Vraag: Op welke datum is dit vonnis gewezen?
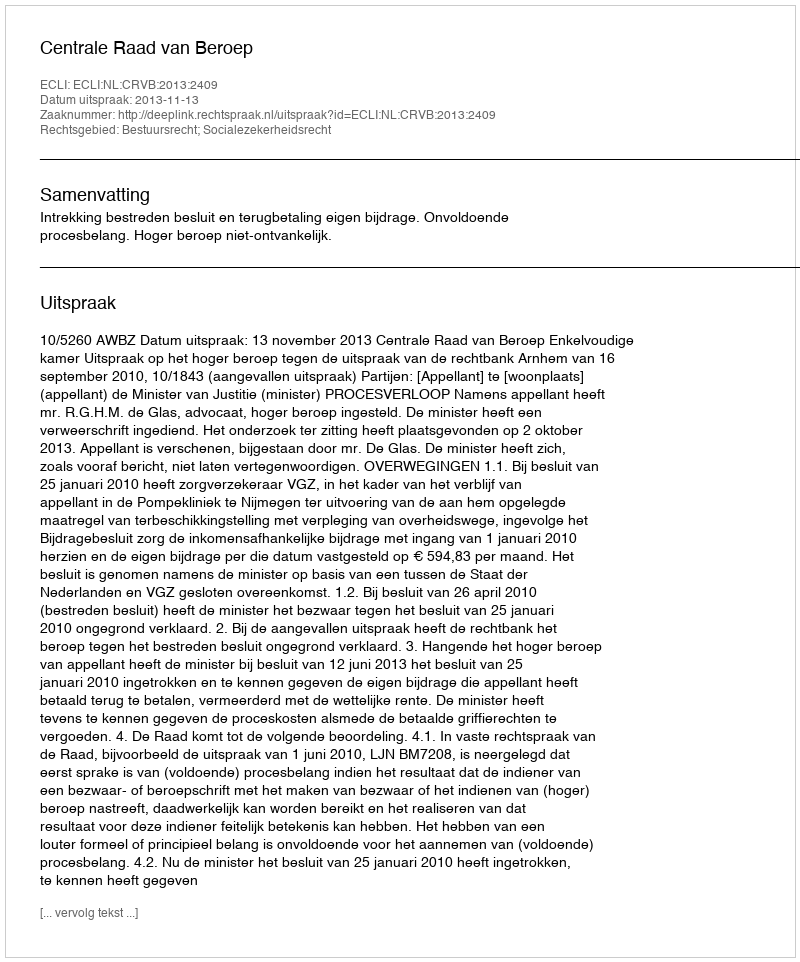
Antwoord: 2013-11-13